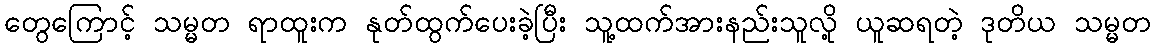
တွေကြောင့် သမ္မတ ရာထူးက နုတ်ထွက်ပေးခဲ့ပြီး သူ့ထက်အားနည်းသူလို့ ယူဆရတဲ့ ဒုတိယ သမ္မတ